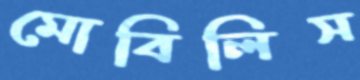
মোবিলিস